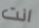
انت